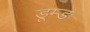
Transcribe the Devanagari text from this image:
डूम्ड